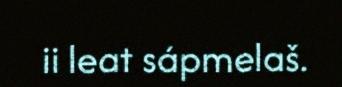
ii leat sápmelaš.